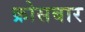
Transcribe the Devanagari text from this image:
क्रोसबार